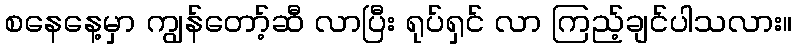
စနေနေ့မှာ ကျွန်တော့်ဆီ လာပြီး ရုပ်ရှင် လာ ကြည့်ချင်ပါသလား။